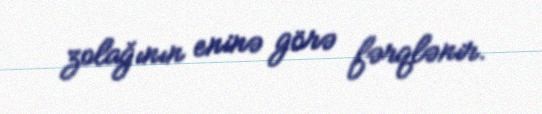
zolağının eninə görə fərqlənir.